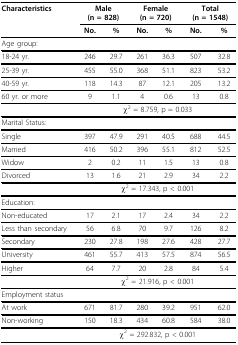
<table><thead><tr><td><b>Characteristics</b></td><td colspan="2"><b>Male(n = 828)</b></td><td colspan="2"><b>Female (n = 720)</b></td><td colspan="2"><b>Total (n = 1548)</b></td></tr><tr><td></td><td><b>No.</b></td><td><b>%</b></td><td><b>No.</b></td><td><b>%</b></td><td><b>No.</b></td><td><b>%</b></td></tr></thead><tbody><tr><td>Age group:</td><td></td><td></td><td></td><td></td><td></td><td></td></tr><tr><td>18-24 yr.</td><td>246</td><td>29.7</td><td>261</td><td>36.3</td><td>507</td><td>32.8</td></tr><tr><td>25-39 yr.</td><td>455</td><td>55.0</td><td>368</td><td>51.1</td><td>823</td><td>53.2</td></tr><tr><td>40-59 yr.</td><td>118</td><td>14.3</td><td>87</td><td>12.1</td><td>205</td><td>13.2</td></tr><tr><td>60 yr. or more</td><td>9</td><td>1.1</td><td>4</td><td>0.6</td><td>13</td><td>0.8</td></tr><tr><td></td><td colspan="6">χ<sup>2 </sup>= 8.759, p = 0.033</td></tr><tr><td>Marital Status:</td><td></td><td></td><td></td><td></td><td></td><td></td></tr><tr><td>Single</td><td>397</td><td>47.9</td><td>291</td><td>40.5</td><td>688</td><td>44.5</td></tr><tr><td>Married</td><td>416</td><td>50.2</td><td>396</td><td>55.1</td><td>812</td><td>52.5</td></tr><tr><td>Widow</td><td>2</td><td>0.2</td><td>11</td><td>1.5</td><td>13</td><td>0.8</td></tr><tr><td>Divorced</td><td>13</td><td>1.6</td><td>21</td><td>2.9</td><td>34</td><td>2.2</td></tr><tr><td></td><td colspan="6">χ<sup>2 </sup>= 17.343, p &lt; 0.001</td></tr><tr><td>Education:</td><td></td><td></td><td></td><td></td><td></td><td></td></tr><tr><td>Non-educated</td><td>17</td><td>2.1</td><td>17</td><td>2.4</td><td>34</td><td>2.2</td></tr><tr><td>Less than secondary</td><td>56</td><td>6.8</td><td>70</td><td>9.7</td><td>126</td><td>8.2</td></tr><tr><td>Secondary</td><td>230</td><td>27.8</td><td>198</td><td>27.6</td><td>428</td><td>27.7</td></tr><tr><td>University</td><td>461</td><td>55.7</td><td>413</td><td>57.5</td><td>874</td><td>56.5</td></tr><tr><td>Higher</td><td>64</td><td>7.7</td><td>20</td><td>2.8</td><td>84</td><td>5.4</td></tr><tr><td></td><td colspan="6">χ<sup>2 </sup>= 21.916, p &lt; 0.001</td></tr><tr><td>Employment status</td><td></td><td></td><td></td><td></td><td></td><td></td></tr><tr><td>At work</td><td>671</td><td>81.7</td><td>280</td><td>39.2</td><td>951</td><td>62.0</td></tr><tr><td>Non-working</td><td>150</td><td>18.3</td><td>434</td><td>60.8</td><td>584</td><td>38.0</td></tr><tr><td></td><td colspan="6">χ<sup>2 </sup>= 292.832,p &lt; 0.001</td></tr></tbody></table>